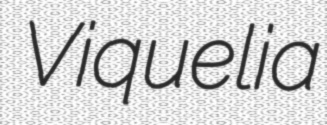
Viquelia